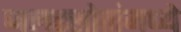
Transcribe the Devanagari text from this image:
जलस्स्रोतांमध्ये